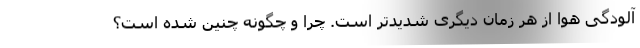
آلودگی هوا از هر زمان دیگری شدیدتر است. چرا و چگونه چنین شده است؟